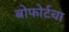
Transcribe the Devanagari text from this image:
बोफोर्टचा